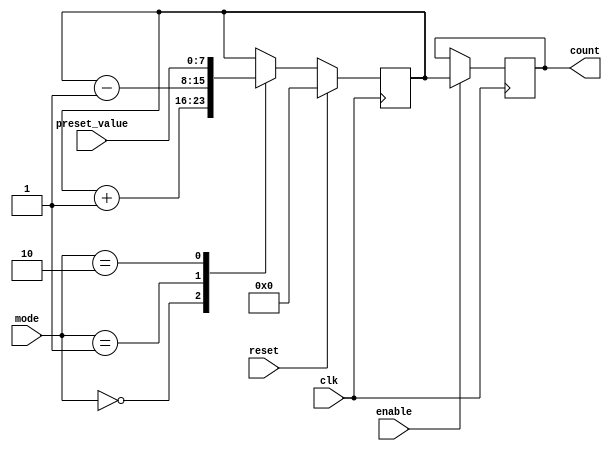
module Counter(
    input clk,      // Clock signal
    input reset,    // Reset signal
    input enable,   // Enable signal
    input [1:0] mode,  // Mode selection (00: Count up, 01: Count down, 10: Preset value)
    input [7:0] preset_value,  // Value to preset counter to
    output reg [7:0] count  // Output count value
);

// Internal registers
reg [7:0] count_reg;  // Register to store count value

// Increment logic
always @(posedge clk) begin
    if (reset) begin
        count_reg <= 8'b0;  // Reset count value
    end else begin
        case(mode)
            2'b00: count_reg <= count_reg + 1;  // Count up
            2'b01: count_reg <= count_reg - 1;  // Count down
            2'b10: count_reg <= preset_value;  // Preset value
        endcase
    end
end

// Output register
always @(posedge clk) begin
    if (enable) begin
        count <= count_reg;  // Drive count value to output
    end
end

endmodule